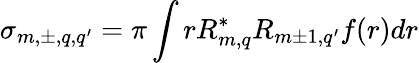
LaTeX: \sigma_{m,\pm,q,q^{\prime}}=\pi\int rR_{m,q}^{*}R_{m\pm 1,q^{\prime}}f(r)dr